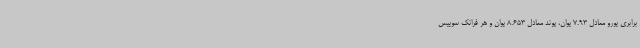
برابری یورو معادل 7.93 یوان، پوند معادل 8.653 یوان و هر فرانک سوییس